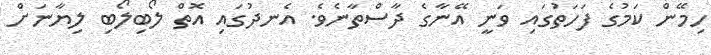
ހިމޭން ކަމުގެ ފަހަތުގައި ވަނީ އޭނާގެ ދާސްތާނެވެ. އެނދުގައި އޮތް ލޯބިލޯބި ލިޔާނަށް